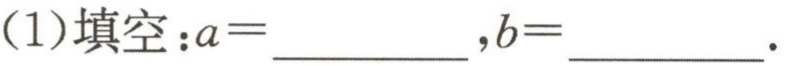
(1)填空：\(a = \underline{\quad\quad},b = \underline{\quad\quad}\).